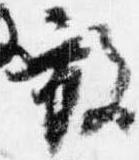
放